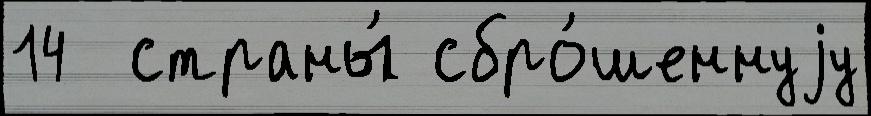
14  страны́ сбро́шеннуjу